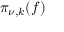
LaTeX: \pi _ { \nu , k } ( f )